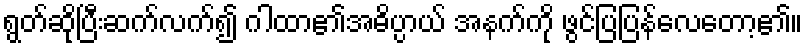
ရွတ်ဆိုပြီးဆက်လက်၍ ဂါထာ၏အဓိပ္ပာယ် အနက်ကို ဖွင်ပြပြန်လေတော့၏။